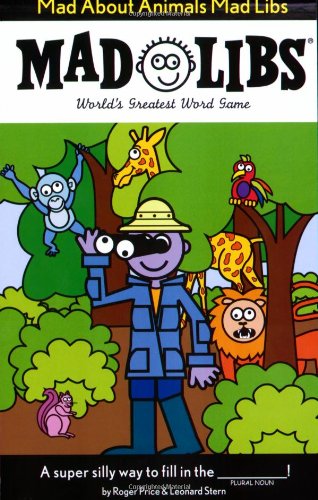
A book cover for Mad About Animals Mad Libs; Roger Price; Children's Books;